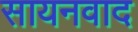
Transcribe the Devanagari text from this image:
सायनवाद